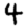
Digit: 4